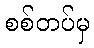
စစ်တပ်မှ